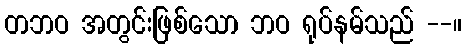
တဘဝ အတွင်းဖြစ်သော ဘဝ ရုပ်နမ်သည် --။